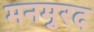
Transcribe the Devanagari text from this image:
मनमुरद